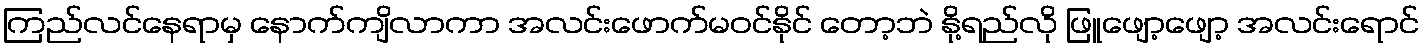
ကြည်လင်နေရာမှ နောက်ကျိလာကာ အလင်းဖောက်မဝင်နိုင် တော့ဘဲ နို့ရည်လို ဖြူဖျော့ဖျော့ အလင်းရောင်